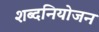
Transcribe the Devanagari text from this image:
शब्दनियोजन